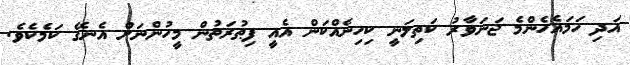
އަދި ހަމައެހެންމެ ޖަނަވާރު ކަތިލަނީ ކިހިނެއްކަން އެއީ ފިޠުރަތުން މީހުންނަށް އެނގޭ ކަމެކެވެ.